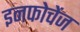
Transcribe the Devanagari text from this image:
इनफोचेंज